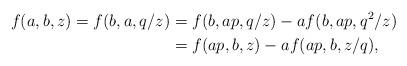
LaTeX: \begin{align*}f(a,b,z)=f(b,a,q/z)&=f(b,ap,q/z)-af(b,ap,q^2/z)\\&=f(ap,b,z)-af(ap,b,z/q),\end{align*}